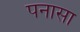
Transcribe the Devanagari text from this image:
पनासा